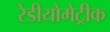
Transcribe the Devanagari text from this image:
रेडीयोमेट्रीक